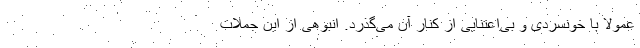
عمولاً با خونسردی و بی‌اعتنایی از کنار آن می‌گذرد. انبوهی از این جملات